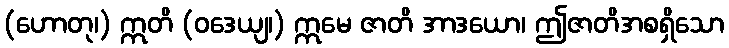
(ဟောတု၊) ဣတိ (ဝဒေယျ၊) ဣမေ ဇာတိ အာဒယော၊ ဤဇာတိအစရှိသော